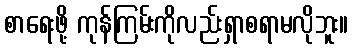
စာရေးဖို့ ကုန်ကြမ်းကိုလည်းရှာစရာမလိုဘူး။